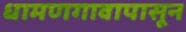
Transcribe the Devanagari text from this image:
धामणगावापासून